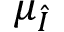
\mu _ { \hat { I } }